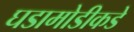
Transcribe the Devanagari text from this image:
घडामोडीकडे